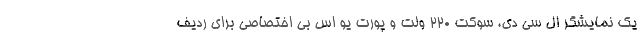
یک نمایشگر ال سی دی، سوکت 220 ولت و پورت یو اس بی اختصاصی برای ردیف